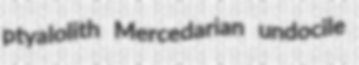
ptyalolith Mercedarian undocile